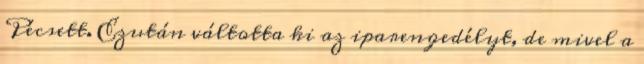
Pécsett. Ezután váltotta ki az iparengedélyt, de mivel a